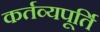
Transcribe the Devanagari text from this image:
कर्तव्यपूर्ति